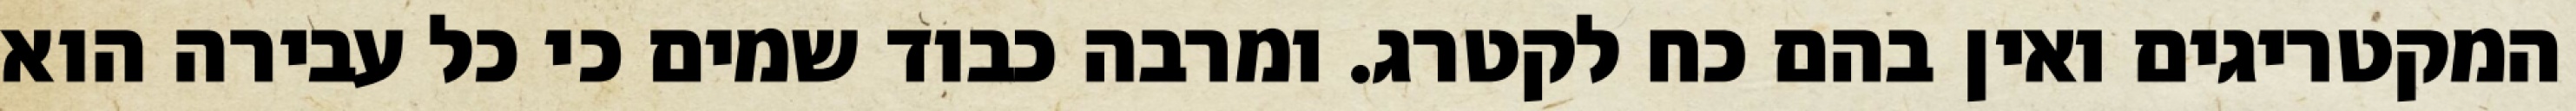
המקטריגים ואין בהם כח לקטרג. ומרבה כבוד שמים כי כל עבירה הוא